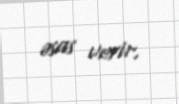
əsas verir.